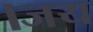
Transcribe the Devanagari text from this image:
।जय